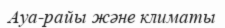
Ауа-райы және климаты